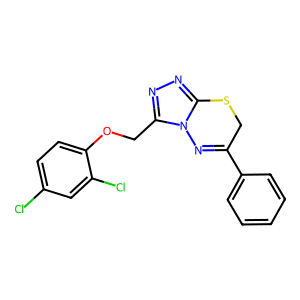
SMILES: Clc1ccc(OCc2nnc3n2N=C(c2ccccc2)CS3)c(Cl)c1
Inhibits HIV replication: No